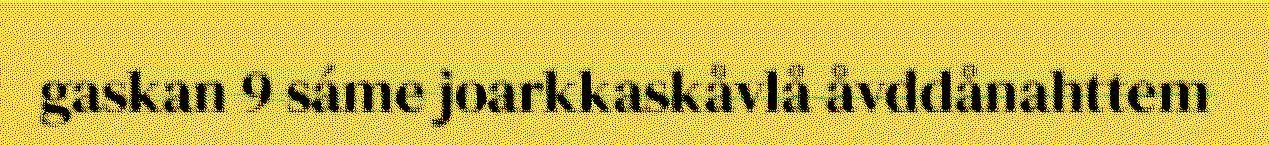
gaskan 9 sáme joarkkaskåvlå åvddånahttem